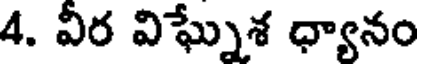
4. వీర విఘ్నేశ ధ్యానం